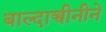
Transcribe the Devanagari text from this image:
बाल्दाच्चीनीने